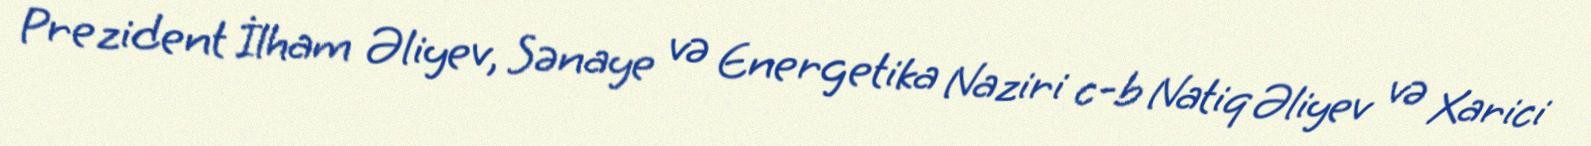
Prezident İlham Əliyev, Sənaye və Energetika Naziri c-b Natiq Əliyev və Xarici